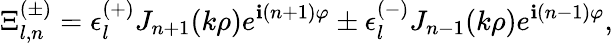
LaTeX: \Xi_{l,n}^{(\pm)}=\epsilon_{l}^{(+)}J_{n+1}(k\rho)e^{\mathbf{i}(n+1)\varphi}\pm\epsilon_{l}^{(-)}J_{n-1}(k\rho)e^{\mathbf{i}(n-1)\varphi},